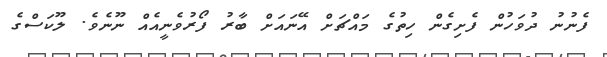
ފެނުނު ދުވަހުން ފެށިގެން ހިތުގެ މައްޗަށް އޭނައަށް ބާރު ފޯރުވެނީއެއް ނޫނެވެ. ލޫކަސްގެ